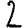
Digit: 2